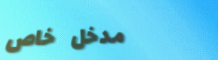
مدخل خاص